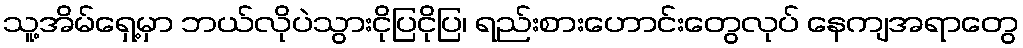
သူ့အိမ်ရှေ့မှာ ဘယ်လိုပဲသွားငိုပြငိုပြ၊ ရည်းစားဟောင်းတွေလုပ် နေကျအရာတွေ